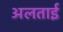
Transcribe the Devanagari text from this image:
अलताई